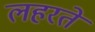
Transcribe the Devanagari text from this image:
लहरते